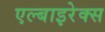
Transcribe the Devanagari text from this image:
एल्बाइरेक्स